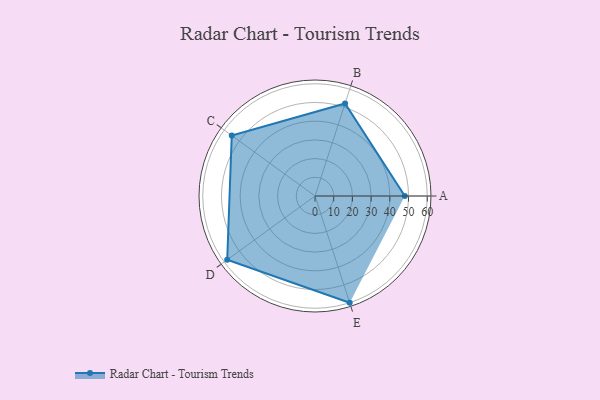
{"axis": {"x": "Skill", "y": "Score"}, "legend": ["Profile"], "data": [{"x": "A", "y": 48.0, "type": "Profile"}, {"x": "B", "y": 52.0, "type": "Profile"}, {"x": "C", "y": 55.0, "type": "Profile"}, {"x": "D", "y": 58.0, "type": "Profile"}, {"x": "E", "y": 60.0, "type": "Profile"}]}